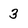
Character: 3